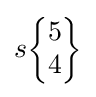
s{\begin{Bmatrix}5\\4\end{Bmatrix}}